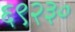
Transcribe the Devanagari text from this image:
६९२३०